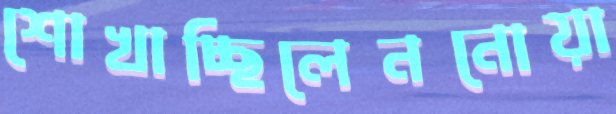
শোখাচ্ছিলেননোয়া